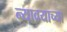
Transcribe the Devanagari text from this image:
न्यावयाच्या